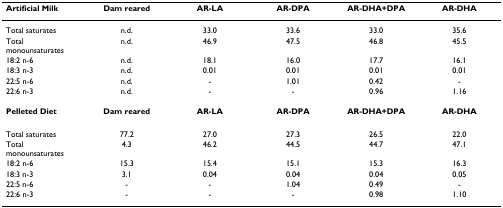
| Artificial Milk | Dam reared | AR-LA | AR-DPA | AR-DHA+DPA | AR-DHA |
 | --- | --- | --- | --- | --- | --- |
 | Total saturates | n.d. | 33.0 | 33.6 | 33.0 | 35.6 |
 | Total monounsaturates | n.d. | 46.9 | 47.5 | 46.8 | 45.5 |
 | 18:2 n-6 | n.d. | 18.1 | 16.0 | 17.7 | 16.1 |
 | 18:3 n-3 | n.d. | 0.01 | 0.01 | 0.01 | 0.01 |
 | 22:5 n-6 | n.d. | - | 1.01 | 0.42 | - |
 | 22:6 n-3 | n.d. | - | - | 0.96 | 1.16 |
 | Pelleted Diet | Dam reared | AR-LA | AR-DPA | AR-DHA+DPA | AR-DHA |
 | Total saturates | 77.2 | 27.0 | 27.3 | 26.5 | 22.0 |
 | Total monounsaturates | 4.3 | 46.2 | 44.5 | 44.7 | 47.1 |
 | 18:2 n-6 | 15.3 | 15.4 | 15.1 | 15.3 | 16.3 |
 | 18:3 n-3 | 3.1 | 0.04 | 0.04 | 0.04 | 0.05 |
 | 22:5 n-6 | - | - | 1.04 | 0.49 | - |
 | 22:6 n-3 | - | - | - | 0.98 | 1.10 |